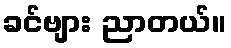
ခင်ဗျား ညာတယ်။